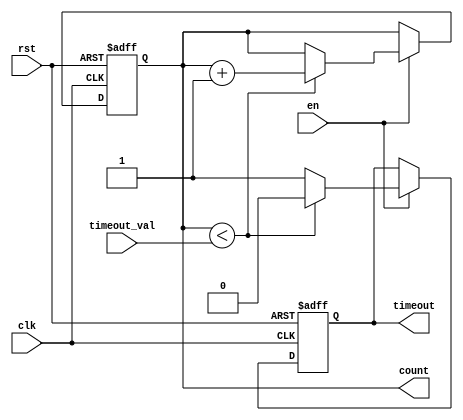
module timeout_counter (
    input wire clk,                // Clock signal
    input wire rst,                // Asynchronous reset signal
    input wire en,                 // Enable signal
    input wire [15:0] timeout_val, // Configurable time-out value
    output reg timeout,            // Time-out signal
    output reg [15:0] count        // Counter value
);

    // Asynchronous reset and counter logic
    always @(posedge clk or posedge rst) begin
        if (rst) begin
            // Reset the counter and timeout signal
            count <= 16'b0;
            timeout <= 1'b0;
        end else if (en) begin
            // Increment the counter if enabled
            if (count < timeout_val) begin
                count <= count + 1'b1;
                timeout <= 1'b0; // Deassert timeout while counting
            end else begin
                timeout <= 1'b1; // Assert timeout when limit is reached
            end
        end
    end

endmodule